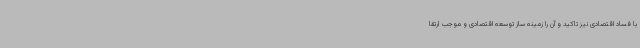
با فساد اقتصادی نیز تاکید و آن را زمینه ساز توسعه اقتصادی و موجب ارتقا